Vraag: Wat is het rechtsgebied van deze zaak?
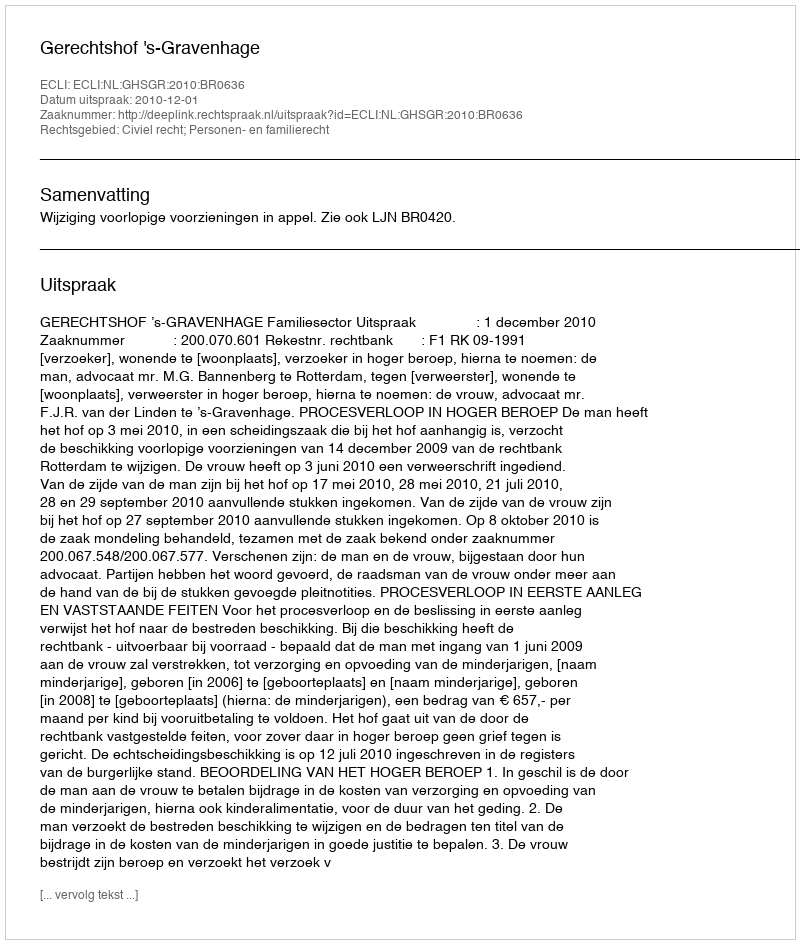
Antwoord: Civiel recht; Personen- en familierecht